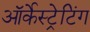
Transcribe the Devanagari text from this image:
ऑर्केस्ट्रेटिंग